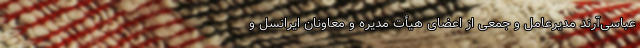
عباسی‌آرند مدیرعامل و جمعی از اعضای هیأت مدیره و معاونان ایرانسل و